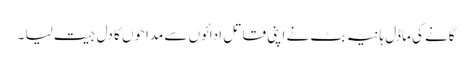
گانے کی ماڈل ہانیہ بٹ نے اپنی قاتل ادائوں سے مداحوں کا دل جیت لیا ۔